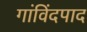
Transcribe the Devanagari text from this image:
गांविंदपाद